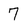
Character: 7